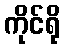
ကိုင်ရို